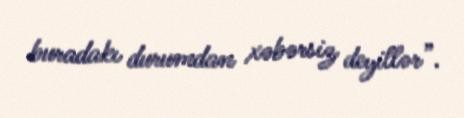
buradakı durumdan xəbərsiz deyillər”.